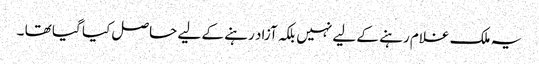
یہ ملک غلام رہنے کے لیے نہیں بلکہ آزاد رہنے کے لیے حاصل کیا گیا تھا ۔